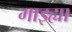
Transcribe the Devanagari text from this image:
माझ्ह्या